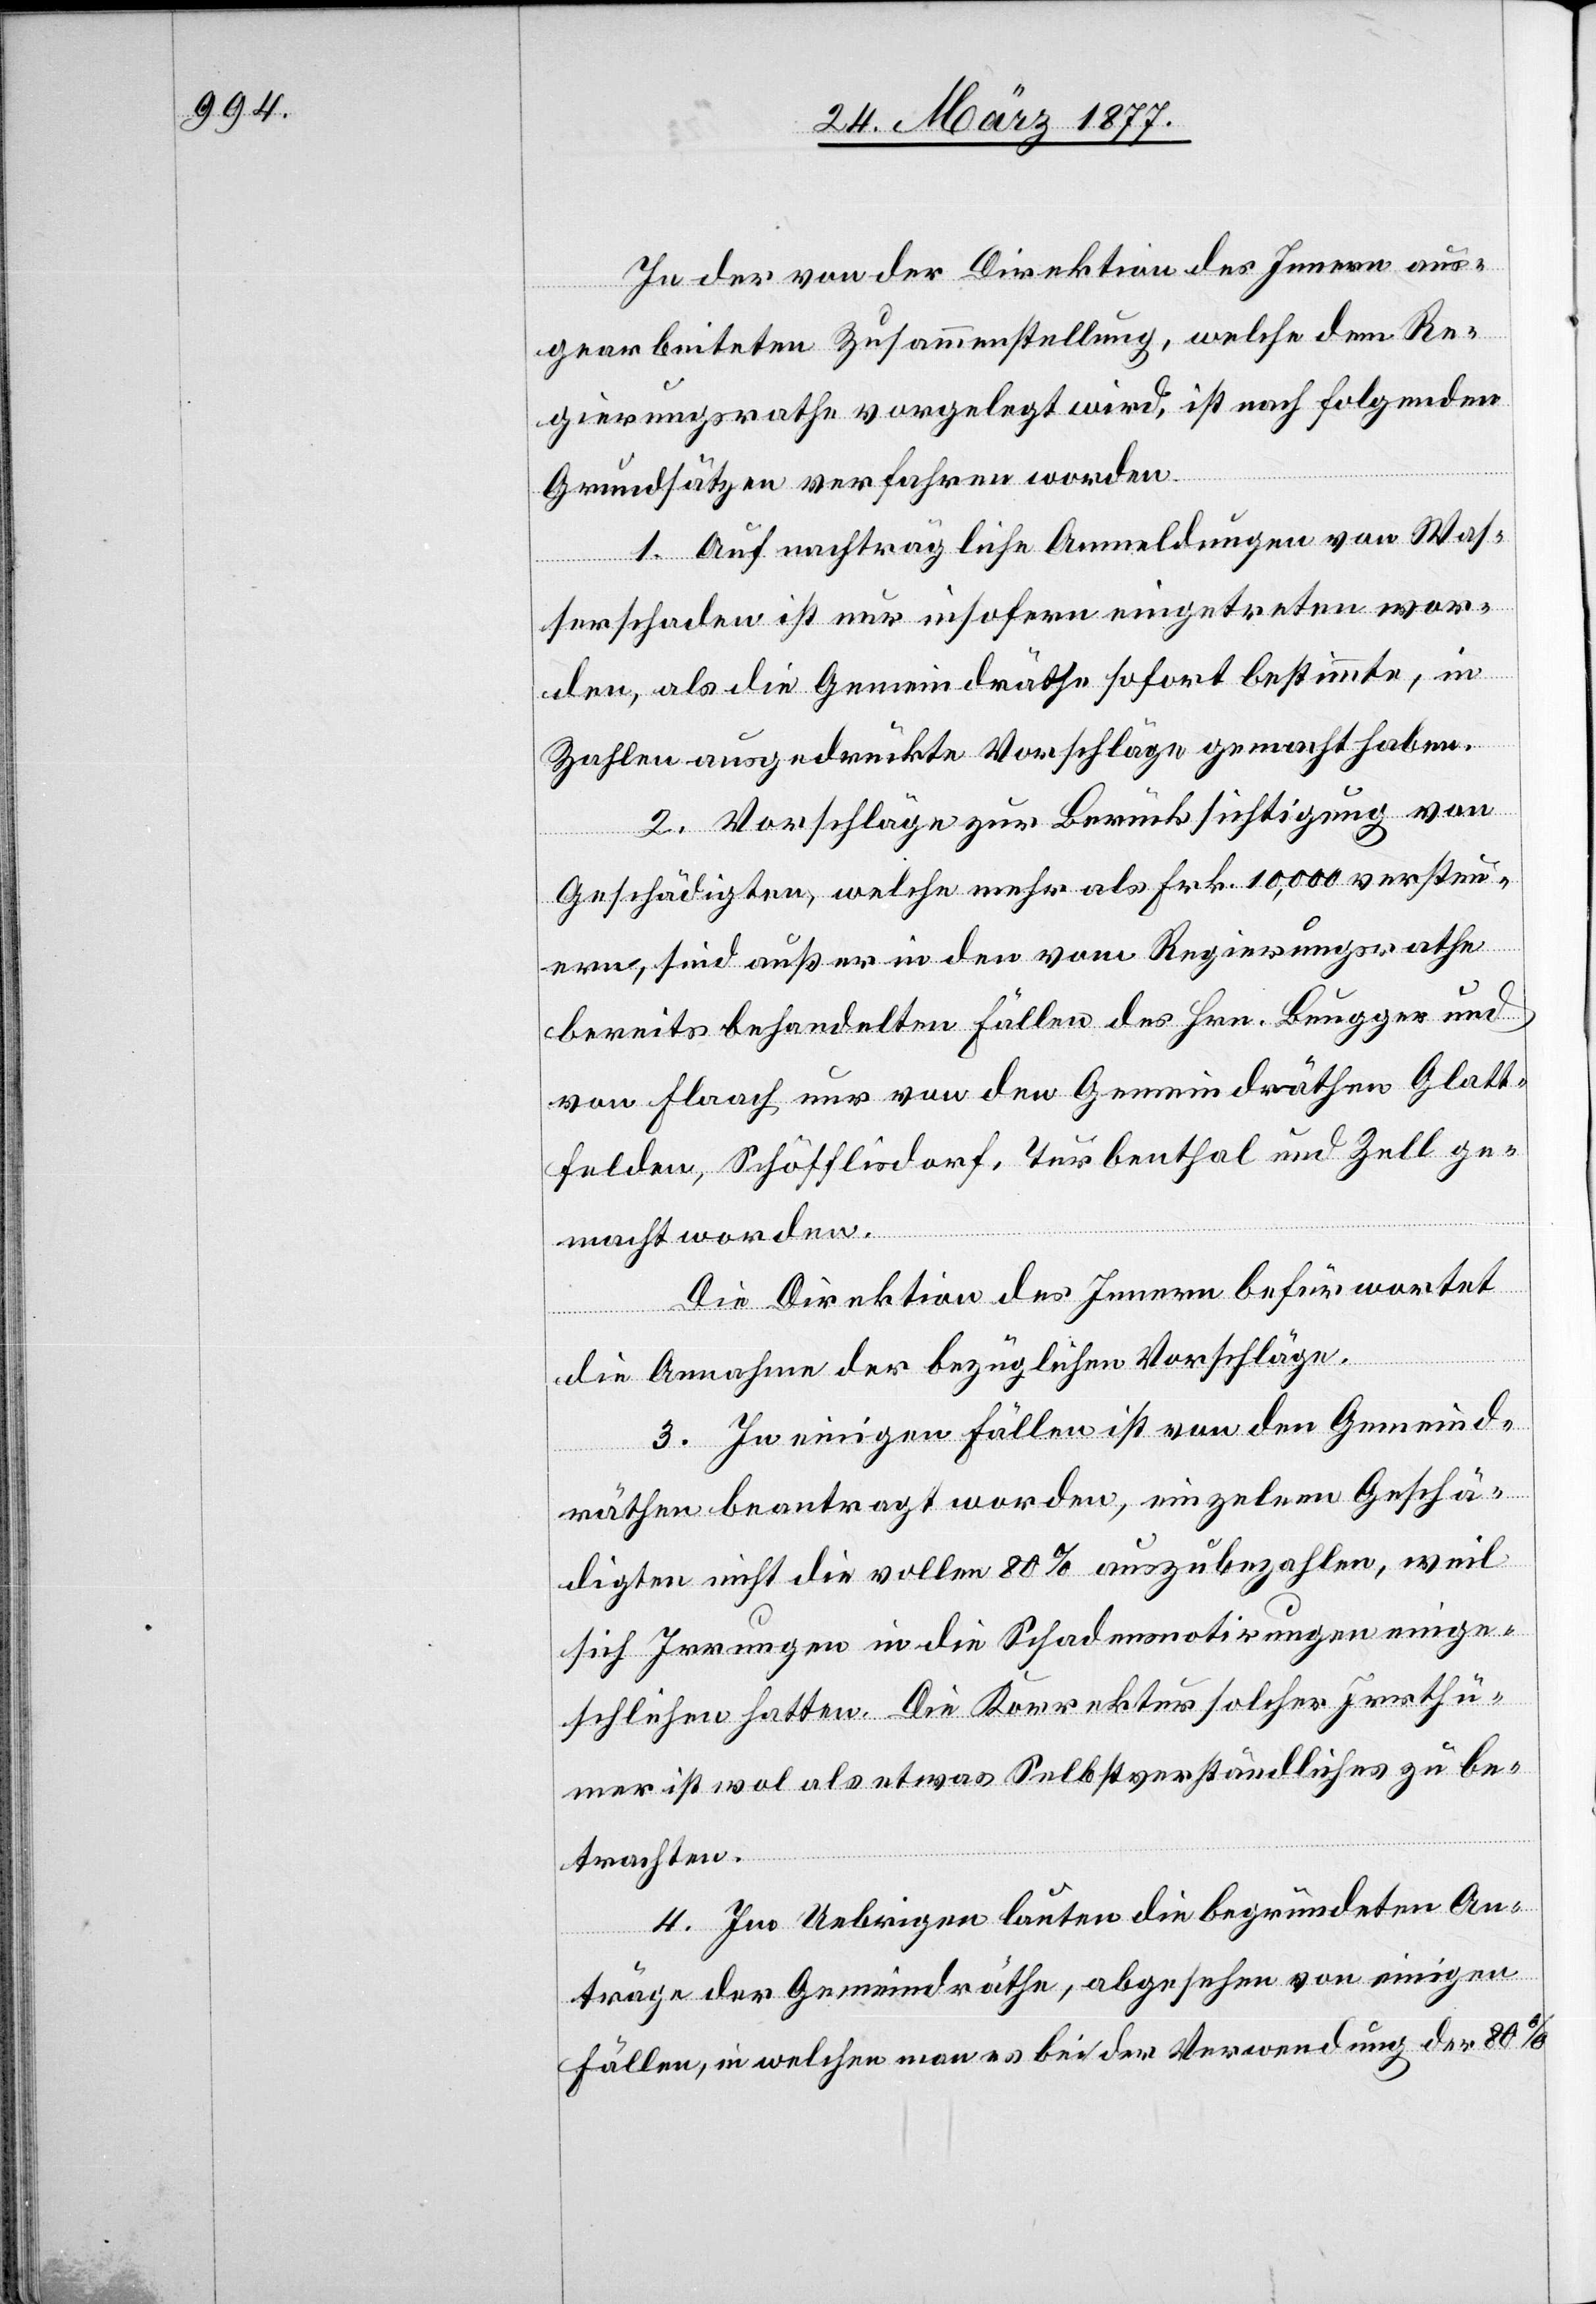
In der von der Direktion des Innern aus¬
gearbeiteten Zusammenstellung, welche dem Re¬
gierungsrathe vorgelegt wird, ist nach folgenden
Grundsätzen verfahren worden:
1. Auf nachträgliche Anmeldungen von Was¬
serschaden ist nur insofern eingetreten wor¬
den, als die Gemeindräthe sofort bestimmte, in
Zahlen ausgedrückte Vorschläge gemacht haben.
2. Vorschläge zur Berücksichtigung von
Geschädigten, welche mehr als Frk. 10,000 versteu¬
ern, sind außer in den vom Regierungsrathe
bereits behandelten Fällen des Hrn. Brugger und
von Flaach nur von den Gemeindräthen Glatt¬
felden, Schöfflisdorf, Turbenthal und Zell ge¬
macht worden.
Die Direktion des Innern befürwortet
die Annahme der bezüglichen Vorschläge.
3. In einigen Fällen ist von den Gemeind¬
räthen beantragt worden, einzelnen Geschä¬
digten nicht die vollen 80% auszubezahlen, weil
sich Irrungen in die Schadensnotirungen einge¬
schlichen hatten. Die Korrektur solche Irrthü¬
mer ist wol als etwas Selbstverständliches zu be¬
trachten.
4. Im Uebrigen lauten die begründeten An¬
träge der Gemeindräthe, abgesehen von einigen
Fällen, in welchen man es bei der Verwendung der 80%